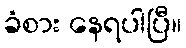
ခံစား နေရပါပြီ။